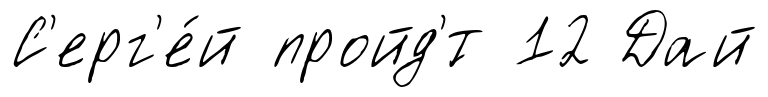
С'ерг'е́й пройд'́т 12 Дай